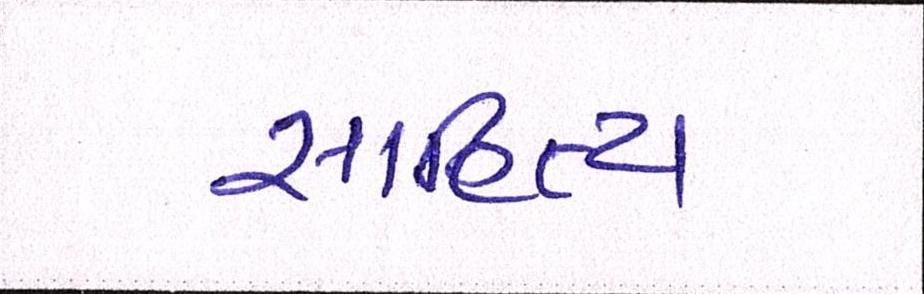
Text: સાહિત્ય